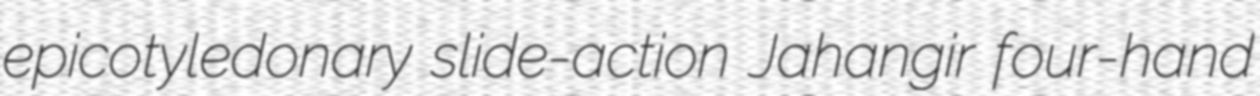
epicotyledonary slide-action Jahangir four-hand